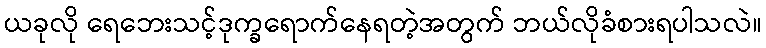
ယခုလို ရေဘေးသင့်ဒုက္ခရောက်နေရတဲ့အတွက် ဘယ်လိုခံစားရပါသလဲ။